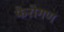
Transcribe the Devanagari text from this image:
फैरोगण